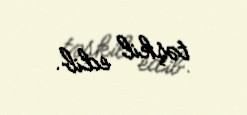
təşkil edib.